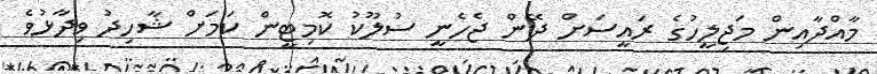
މާއްދާއިން މަޖިލީހުގެ ރައީސަށް ދޭން ޖެހެނީ ސުލޫކު ކޮމިޓީން ކަމަށް ޝާހިދު ވިދާޅުވެ